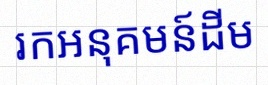
រកអនុគមន៍ដើម